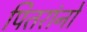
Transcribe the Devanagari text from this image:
पितरांनो